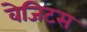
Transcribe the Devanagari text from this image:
वेजिटस